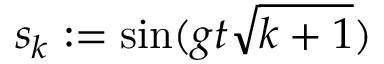
s _ { k } : = \sin ( g t \sqrt { k + 1 } )